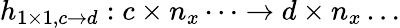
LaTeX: h_{1\times 1,c\rightarrow d}:c\times n_{x}\dots\to d\times n_{x}\dots